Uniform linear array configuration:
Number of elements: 48
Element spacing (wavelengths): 0.5
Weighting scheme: hann
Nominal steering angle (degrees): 45
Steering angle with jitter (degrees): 43.858
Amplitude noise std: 0.05
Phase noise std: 0.05

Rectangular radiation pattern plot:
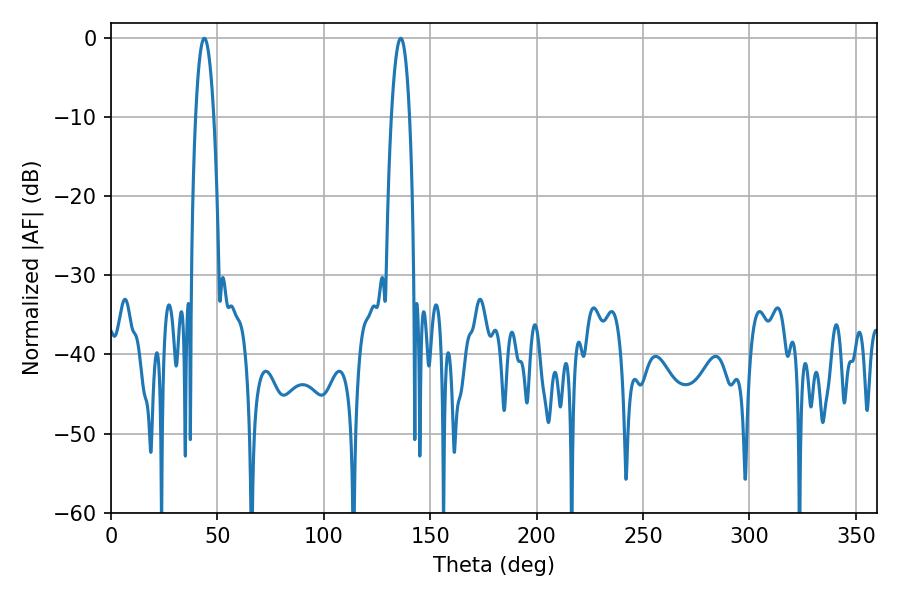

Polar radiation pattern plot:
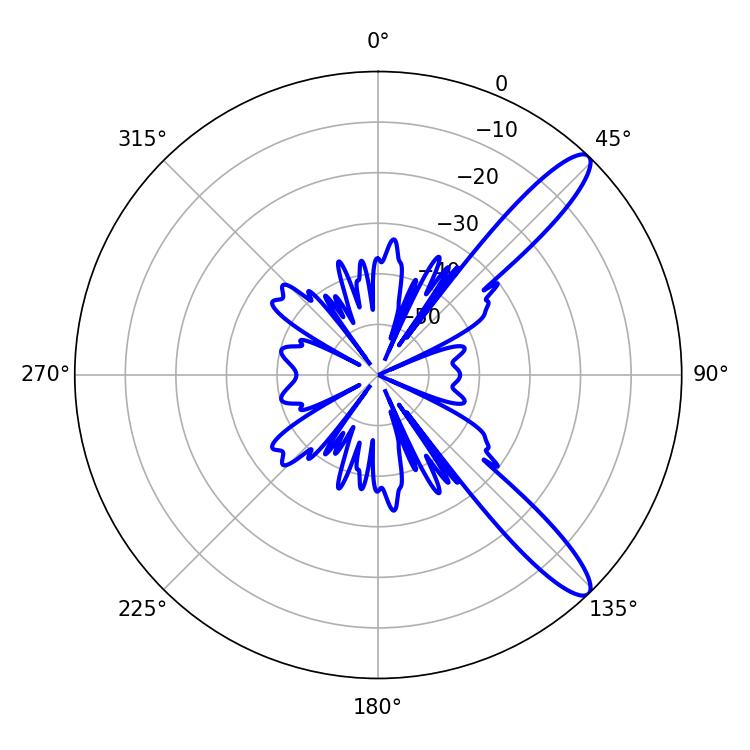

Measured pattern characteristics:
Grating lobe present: FALSE
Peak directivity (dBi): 12.088
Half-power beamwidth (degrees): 4.68
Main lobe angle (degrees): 43.92